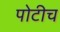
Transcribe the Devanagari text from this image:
पोटीच